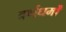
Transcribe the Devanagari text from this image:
वर्णधर्मों